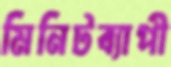
মিনিটব্যাপী